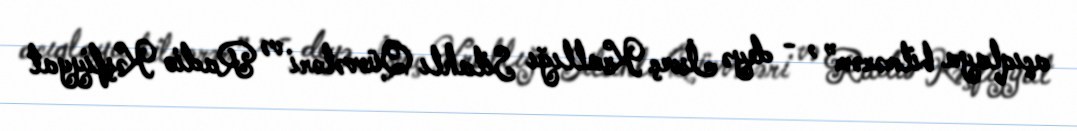
açıqlaya bilmərəm” , - deyə İsveç Krallığı Silahlı Qüvvələri və Radio Kəşfiyyat